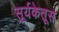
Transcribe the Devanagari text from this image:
सूर्यकेतूस